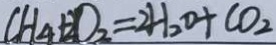
C H _ { 4 } + 2 O _ { 2 } = 2 H _ { 2 } O + C O _ { 2 }